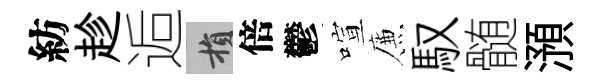
紡趁逅損倍鬱喧簾馭髄澦